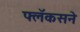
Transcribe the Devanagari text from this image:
फ्लॅकसने